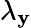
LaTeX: \lambda_{\mathbf{y}}